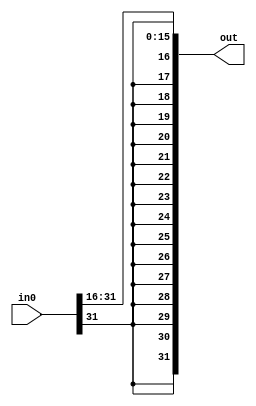
module rightArithmeticShiftSixteen(in0, out);
	
	input [31:0] in0;
	output [31:0] out;

	assign out[0] = in0[16];
	assign out[1] = in0[17];
	assign out[2] = in0[18];
	assign out[3] = in0[19];
	assign out[4] = in0[20];
	assign out[5] = in0[21];
	assign out[6] = in0[22];
	assign out[7] = in0[23];
	assign out[8] = in0[24];
	assign out[9] = in0[25];
	assign out[10] = in0[26];
	assign out[11] = in0[27];
	assign out[12] = in0[28];
	assign out[13] = in0[29];
	assign out[14] = in0[30];
	assign out[15] = in0[31];
	
	assign out[16] = in0[31];
	assign out[17] = in0[31];
	assign out[18] = in0[31];
	assign out[19] = in0[31];
	assign out[20] = in0[31];
	assign out[21] = in0[31];
	assign out[22] = in0[31];
	assign out[23] = in0[31];
	assign out[24] = in0[31];
	assign out[25] = in0[31];
	assign out[26] = in0[31];
	assign out[27] = in0[31];
	assign out[28] = in0[31];
	assign out[29] = in0[31];
	assign out[30] = in0[31];
	assign out[31] = in0[31];
	
endmodule

/*

n = 16
for i in range(0, 32):
  if ((i + n) >= 32):
    if i == 31:
      print("assign out[" + str(i) + "] = in0[31];")
    else:
      print("assign out[" + str(i) + "] = 1'b0;")
  else:
    print("assign out[" + str(i) + "] = in0["+str(i+n)+"];")
	 
*/